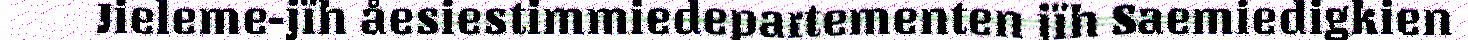
Jieleme-jïh åesiestimmiedepartementen jïh Saemiedigkien